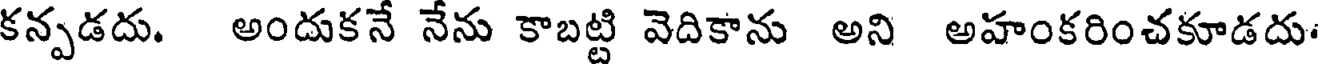
కన్పడదు. అందుకనే నేను కాబట్టి వెదికాను అని అహంకరించకూడదు